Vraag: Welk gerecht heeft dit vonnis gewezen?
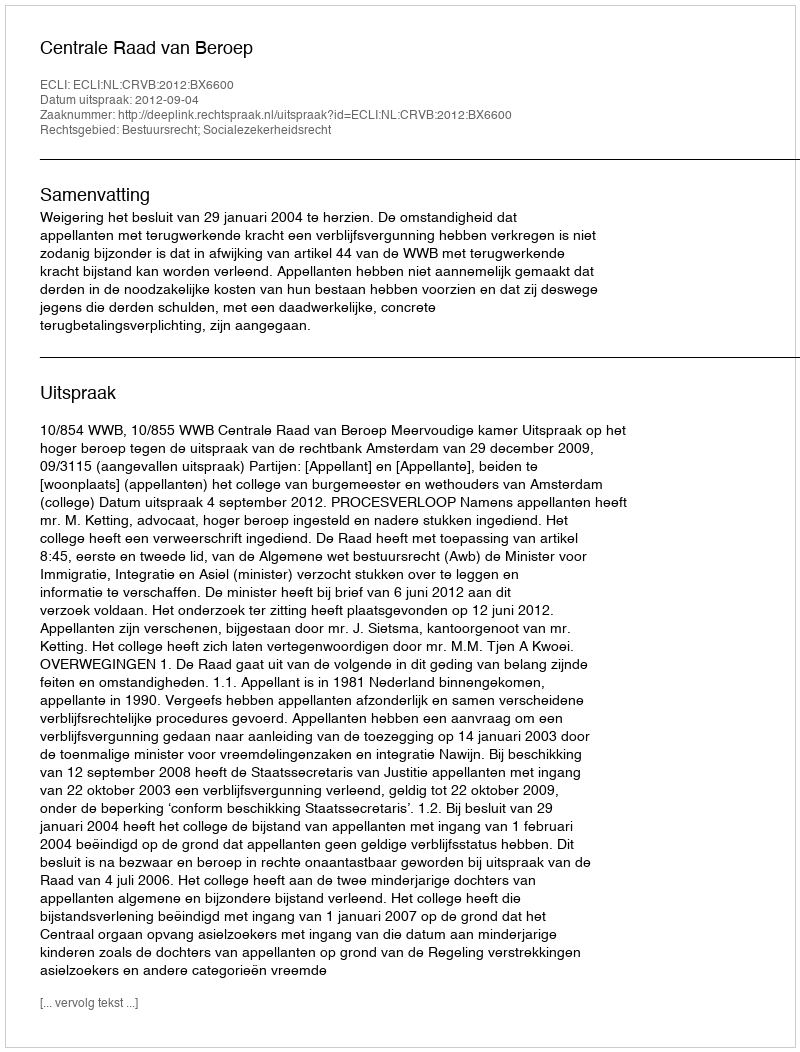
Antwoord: Centrale Raad van Beroep